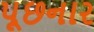
પૂછનાર